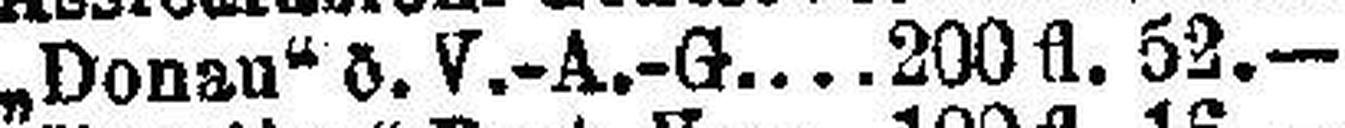
„Donau“ ö. V.-A.-G 200 fl. 52.—